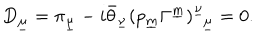
LaTeX: D _ { \underline { { \mu } } } = \pi _ { \underline { { \mu } } } - i \bar { \theta } _ { \underline { { { \nu } } } } ( p _ { \underline { { m } } } \Gamma ^ { \underline { { m } } } ) _ { ~ ~ \underline { { { \mu } } } } ^ { \underline { { { \nu } } } } = 0 .